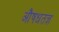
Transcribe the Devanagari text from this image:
औषधतज्ञ